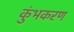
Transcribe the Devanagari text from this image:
कुंभकरण